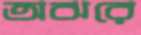
অঝরে